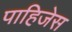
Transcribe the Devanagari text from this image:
पाहिजेस